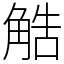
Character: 䚛